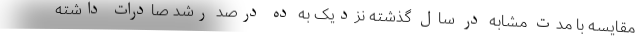
مقایسه با مدت مشابه در سال گذشته نزدیک به ده درصد رشد صادرات داشته